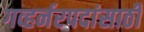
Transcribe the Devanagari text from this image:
गव्हर्नरपदांसाठी